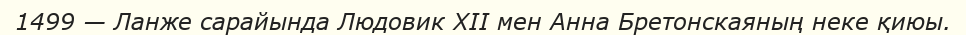
1499 — Ланже сарайында Людовик XII мен Анна Бретонскаяның неке қиюы.